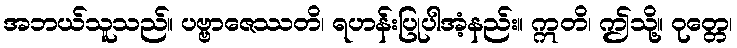
အဘယ်သူသည်။ ပဗ္ဗာဇေဿတိ၊ ရဟန်းပြုပါအံ့နည်း။ ဣတိ၊ ဤသို့။ ဝုတ္တေ၊